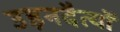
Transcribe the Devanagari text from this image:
उड़नदैत्यों